Proceedings of the meeting of veterinary officers in India
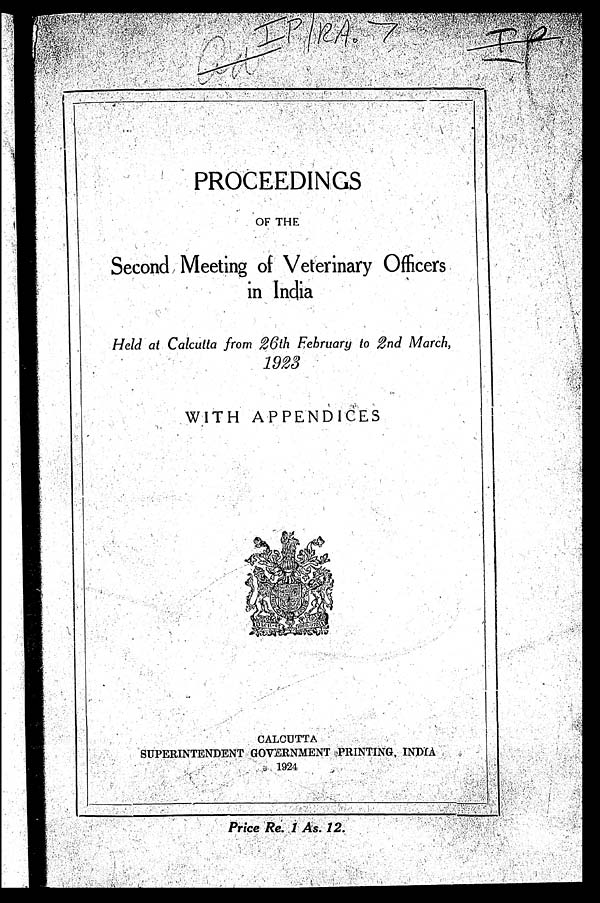
PROCEEDINGS
OF THE
Second Meeting of Veterinary Officers
in India
Held at Calcutta from 26th February to 2nd March,
1923
WITH APPENDICES
CALCUTTA
SUPERINTENDENT GOVERNMENT PRINTING, INDIA
1924
Price Re. 1 As. 12.